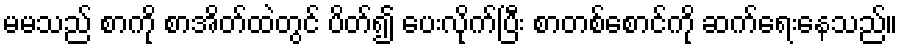
မမသည် စာကို စာအိတ်ထဲတွင် ပိတ်၍ ပေးလိုက်ပြီး စာတစ်စောင်ကို ဆက်ရေးနေသည်။